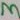
Text: 3